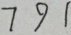
7 9 1